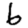
Digit: 6